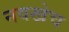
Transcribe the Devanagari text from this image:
नवखेच